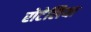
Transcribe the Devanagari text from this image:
रोटेलिया